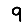
Digit: 9